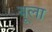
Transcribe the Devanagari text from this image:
यूला